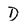
Character: D